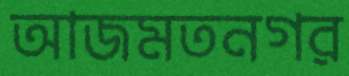
আজমতনগর